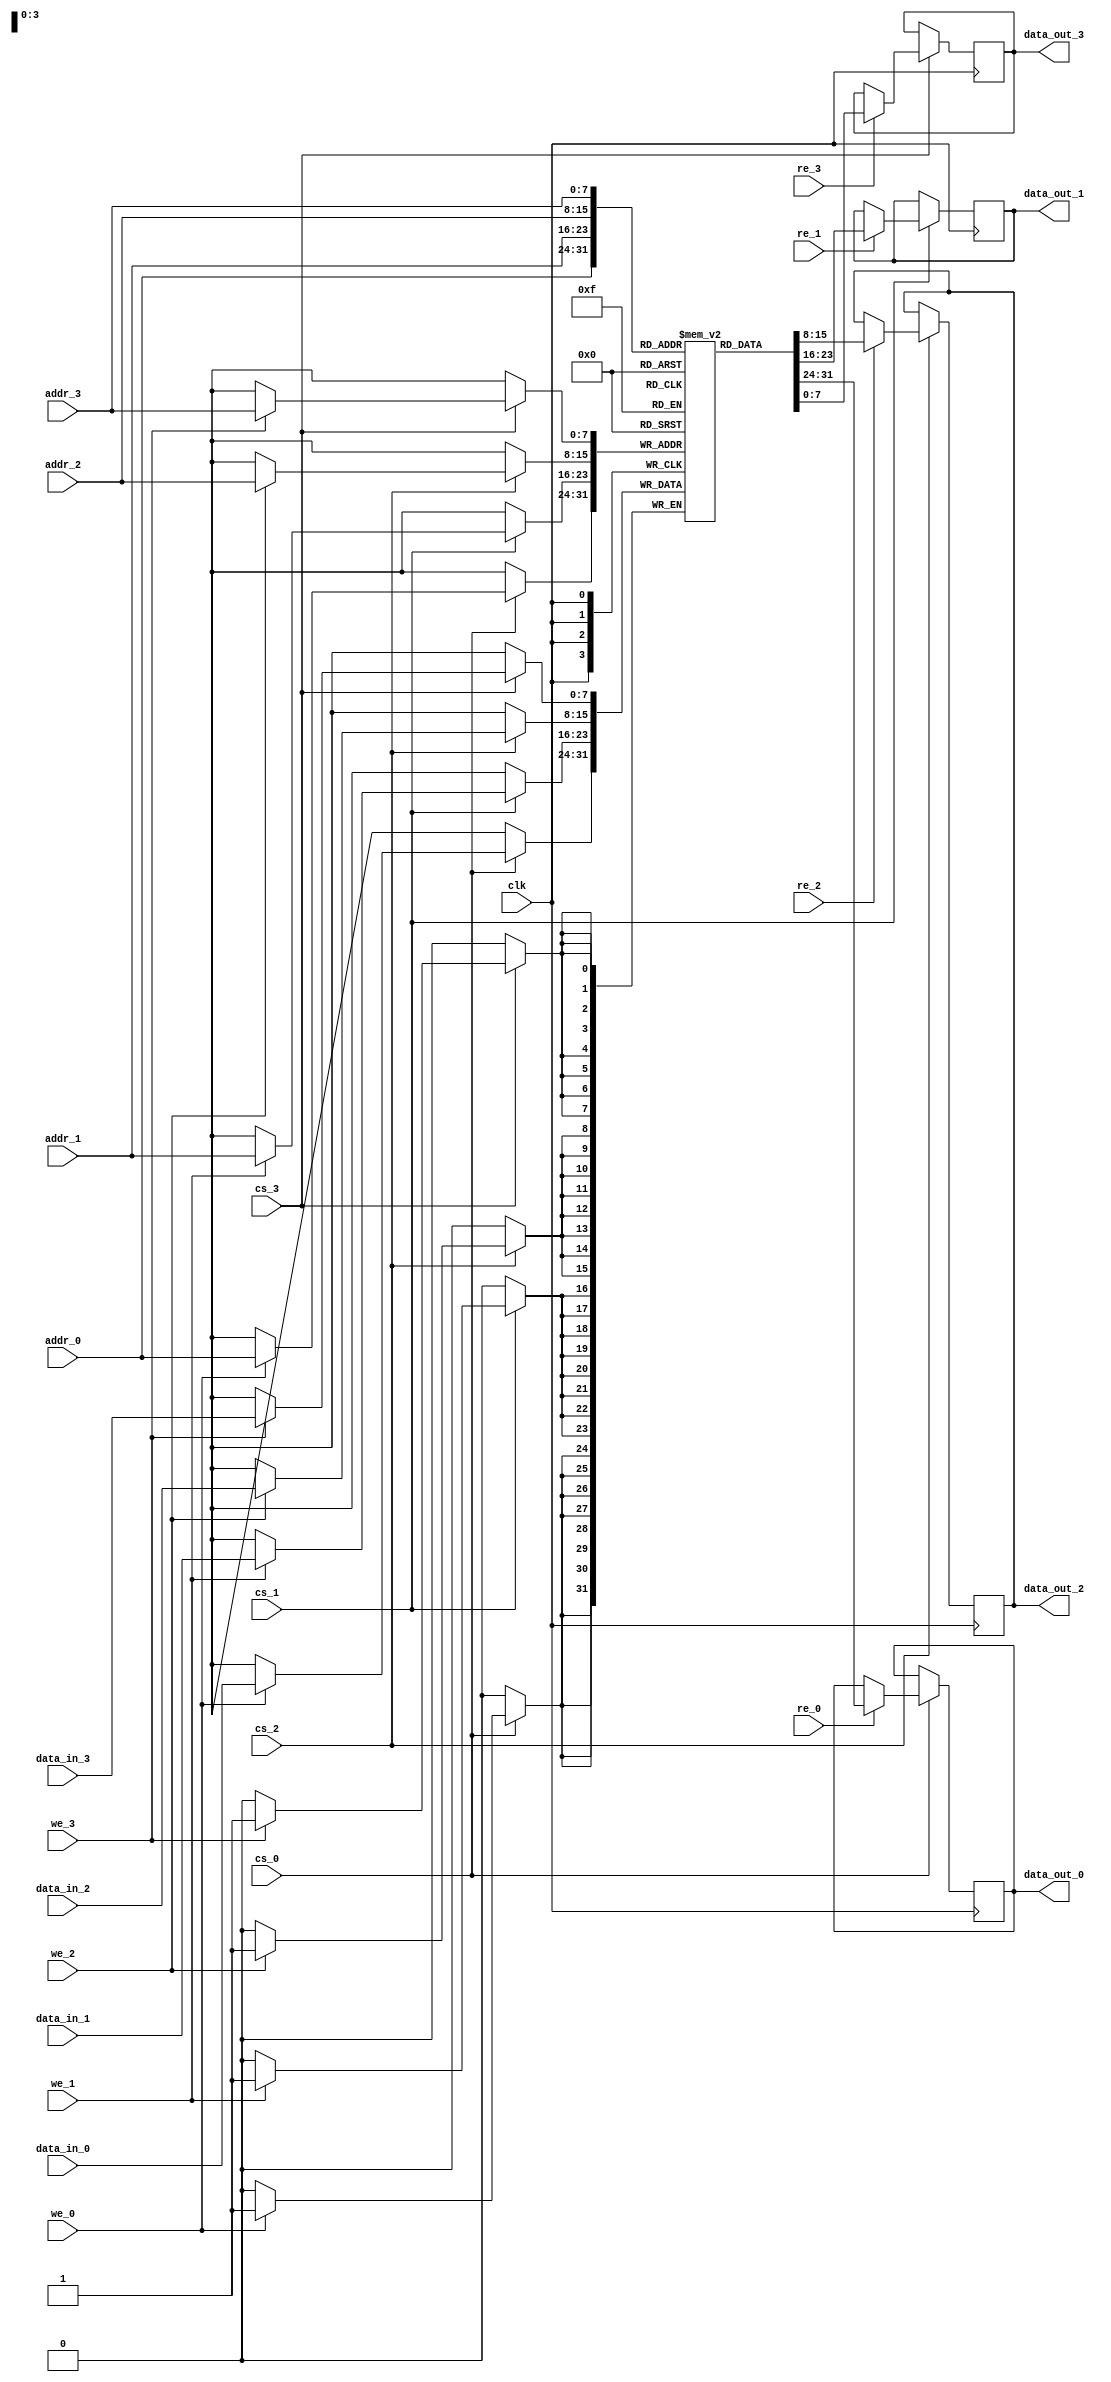
module quad_port_sram #(
    parameter DATA_WIDTH = 8,  // Width of data in bits
    parameter ADDR_WIDTH = 8,  // Width of address in bits
    parameter MEM_DEPTH = 256   // Depth of memory (2^ADDR_WIDTH)
)(
    // Port 0
    input wire [DATA_WIDTH-1:0] data_in_0,
    input wire [ADDR_WIDTH-1:0] addr_0,
    input wire we_0,            // Write Enable for Port 0
    input wire cs_0,            // Chip Select for Port 0
    input wire re_0,            // Read Enable for Port 0
    output reg [DATA_WIDTH-1:0] data_out_0,

    // Port 1
    input wire [DATA_WIDTH-1:0] data_in_1,
    input wire [ADDR_WIDTH-1:0] addr_1,
    input wire we_1,            // Write Enable for Port 1
    input wire cs_1,            // Chip Select for Port 1
    input wire re_1,            // Read Enable for Port 1
    output reg [DATA_WIDTH-1:0] data_out_1,

    // Port 2
    input wire [DATA_WIDTH-1:0] data_in_2,
    input wire [ADDR_WIDTH-1:0] addr_2,
    input wire we_2,            // Write Enable for Port 2
    input wire cs_2,            // Chip Select for Port 2
    input wire re_2,            // Read Enable for Port 2
    output reg [DATA_WIDTH-1:0] data_out_2,

    // Port 3
    input wire [DATA_WIDTH-1:0] data_in_3,
    input wire [ADDR_WIDTH-1:0] addr_3,
    input wire we_3,            // Write Enable for Port 3
    input wire cs_3,            // Chip Select for Port 3
    input wire re_3,            // Read Enable for Port 3
    output reg [DATA_WIDTH-1:0] data_out_3,

    input wire clk               // Clock signal
);

    // Memory array declaration
    reg [DATA_WIDTH-1:0] memory [0:MEM_DEPTH-1];

    // Port 0 operations
    always @(posedge clk) begin
        if (cs_0) begin
            if (we_0) begin
                memory[addr_0] <= data_in_0; // Write operation
            end
            if (re_0) begin
                data_out_0 <= memory[addr_0]; // Read operation
            end
        end
    end

    // Port 1 operations
    always @(posedge clk) begin
        if (cs_1) begin
            if (we_1) begin
                memory[addr_1] <= data_in_1; // Write operation
            end
            if (re_1) begin
                data_out_1 <= memory[addr_1]; // Read operation
            end
        end
    end

    // Port 2 operations
    always @(posedge clk) begin
        if (cs_2) begin
            if (we_2) begin
                memory[addr_2] <= data_in_2; // Write operation
            end
            if (re_2) begin
                data_out_2 <= memory[addr_2]; // Read operation
            end
        end
    end

    // Port 3 operations
    always @(posedge clk) begin
        if (cs_3) begin
            if (we_3) begin
                memory[addr_3] <= data_in_3; // Write operation
            end
            if (re_3) begin
                data_out_3 <= memory[addr_3]; // Read operation
            end
        end
    end

endmodule